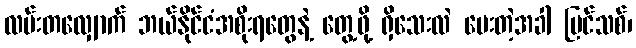
လမ်းတလျှောက် ဘယ်နိုင်ငံအစိုးရတွေနဲ့ တွေ့ဖို့ ရှိသေးလဲ မေးတဲ့အခါ ပြင်သစ်၊